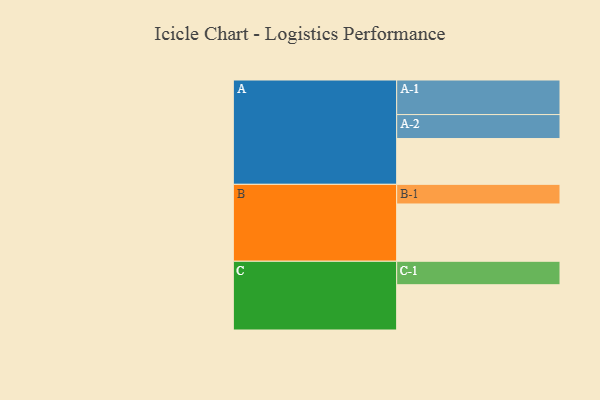
{"axis": {"x": "Segment", "y": "Value"}, "legend": ["", "A", "B", "C"], "data": [{"x": "A", "y": 359, "type": ""}, {"x": "B", "y": 449, "type": ""}, {"x": "C", "y": 355, "type": ""}, {"x": "A-1", "y": 271, "type": "A"}, {"x": "A-2", "y": 188, "type": "A"}, {"x": "B-1", "y": 154, "type": "B"}, {"x": "C-1", "y": 184, "type": "C"}]}